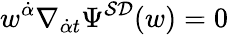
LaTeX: w^{{\dot{\alpha}}}\nabla_{{\dot{\alpha}}t}\Psi^{{\cal SD}}(w)=0